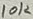
Text: 10K